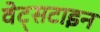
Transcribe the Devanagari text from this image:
वेट्सटाइन